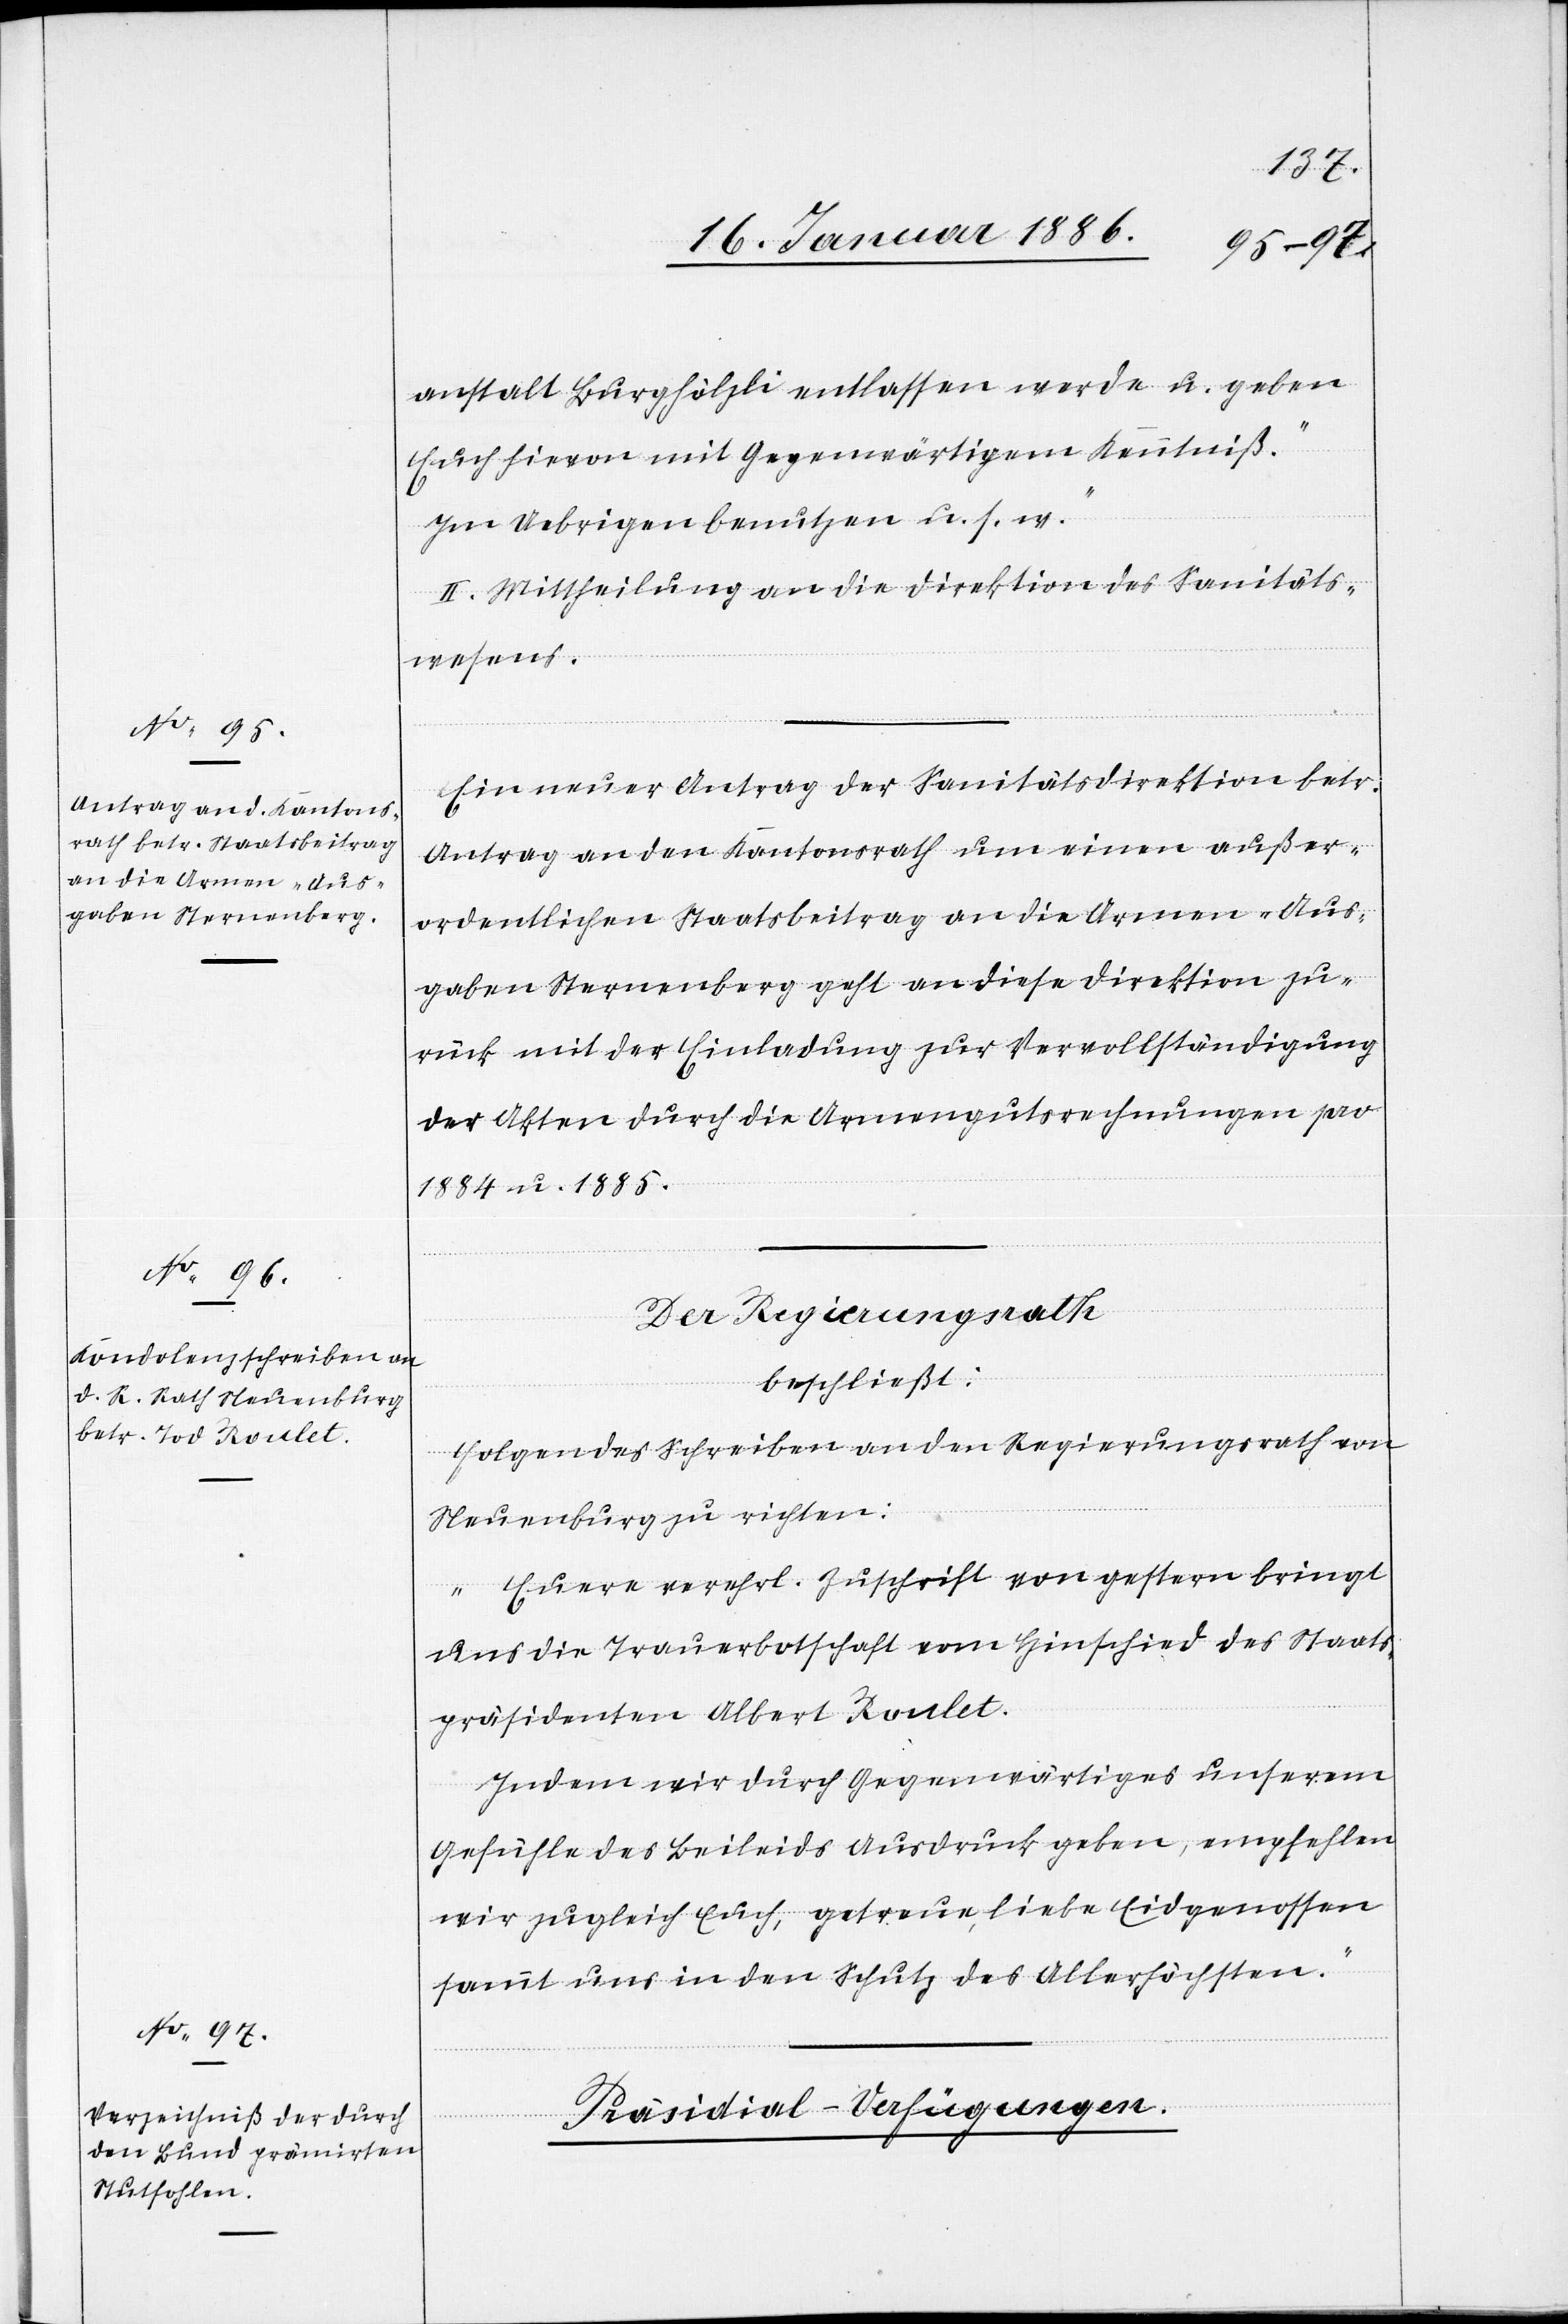
anstalt Burghölzli entlassen werde u. geben
Euch hievon mit Gegenwärtigem Kenntniß.
Im Uebrigen benutzen u. s. w.“
II. Mittheilung an die Direktion des Sanitäts¬
wesens.
Ein neuer Antrag der Sanitätsdirektion betr.
Antrag an den Kantonsrath um einen außer¬
ordentlichen Staatsbeitrag an die Armen-Aus¬
gaben Sternenberg geht an diese Direktion zu¬
rück mit der Einladung zur Vervollständigung
der Akten durch die Armengutsrechnungen pro
1884 u. 1885.
Der Regierungsrath
beschließt:
Folgendes Schreiben an den Regierungsrath von
Neuenburg zu richten:
„Euere verehrl. Zuschrift von gestern bringt
uns die Trauerbotschaft vom Hinschied des Staats¬
präsidenten Albert Roulet.
Indem wir durch Gegenwärtiges unserem
Gefühle des Beileides Ausdruck geben, empfehlen
wir zugleich Euch, getreue liebe Eidgenossen
sammt uns in den Schutz des Allerhöchsten.“